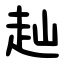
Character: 赸